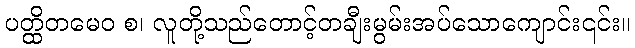
ပတ္ထိတမေဝ စ၊ လူတို့သည်တောင့်တချီးမွမ်းအပ်သောကျောင်း၎င်း။